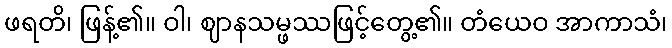
ဖရတိ၊ ဖြန့်၏။ ဝါ၊ ဈာနသမ္ဖဿဖြင့်တွေ့၏။ တံယေဝ အာကာသံ၊